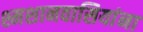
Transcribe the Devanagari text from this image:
श्मशानवासियांना